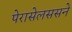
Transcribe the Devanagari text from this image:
पेरासेलससने